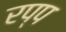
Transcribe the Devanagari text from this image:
रप्प